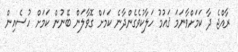
ރާއްޖެ ދާ ކަމަށްވާނަމަ ޤައުމު ހަލާކުވެގެންދާނެ ކަމަށް ގޮވާލަން ބޭނުން ކަމަށް ހުސެއިން